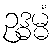
ဥဒ္ဓမ္မံ